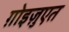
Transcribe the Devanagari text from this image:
ग़ोइज़ुएत